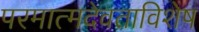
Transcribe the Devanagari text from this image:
परमात्मदेवताविशेष